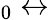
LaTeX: _0\leftrightarrow